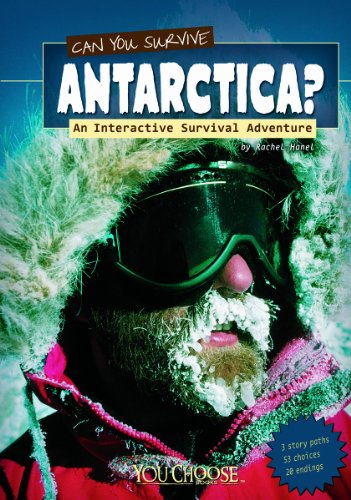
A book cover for Can You Survive Antarctica?; An Interactive Survival Adventure (You Choose: Survival); Rachael Hanel; Travel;